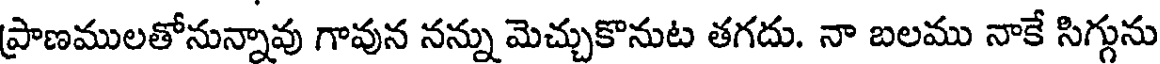
ప్రాణములతోనున్నావు గావున నన్ను మెచ్చుకొనుట తగదు. నా బలము నాకే సిగ్గును